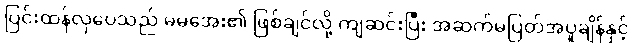
ပြင်းထန်လှပေသည် မမအေး၏ ဖြစ်ချင်လို့ ကျဆင်းပြီး အဆက်မပြတ်အပူချိန်နှင့်